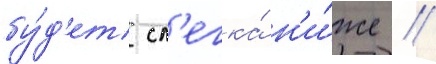
бу́д'ет сл'егка́ н'и́же /